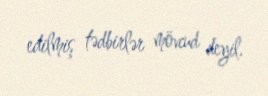
edilmiş tədbirlər mövcud deyil.